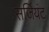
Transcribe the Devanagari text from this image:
सर्जियंट